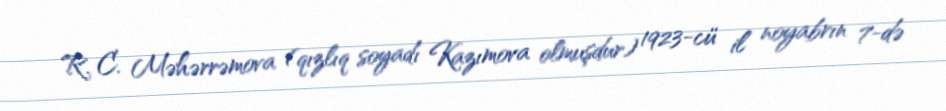
R. C. Məhərrəmova (qızlıq soyadı Kazımova olmuşdur) 1923-cü il noyabrın 7-də